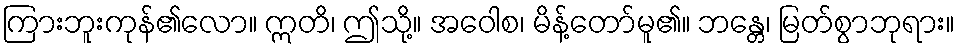
ကြားဘူးကုန်၏လော။ ဣတိ၊ ဤသို့။ အဝေါစ၊ မိန့်တော်မူ၏။ ဘန္တေ၊ မြတ်စွာဘုရား။